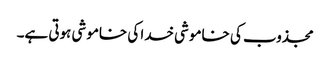
مجذوب کی خاموشی خدا کی خاموشی ہوتی ہے۔